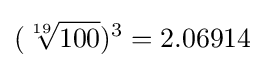
({\sqrt[{19}]{100}})^{3}=2.06914